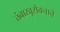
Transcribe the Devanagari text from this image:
तंबाखूसेवनाने